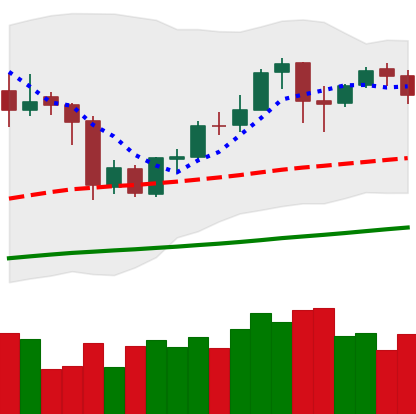
Ticker: BNB-USD
Chart end date: 2020-10-06
Forward return: 3.035%
Label: up_3_5